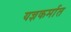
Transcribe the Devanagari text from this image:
यज्ञकर्मात